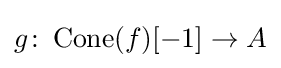
g\colon \operatorname {Cone} (f)[-1]\to A